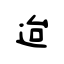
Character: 迨